Report on vaccination in the Province of Bengal - 1874-1889
Year: 1874
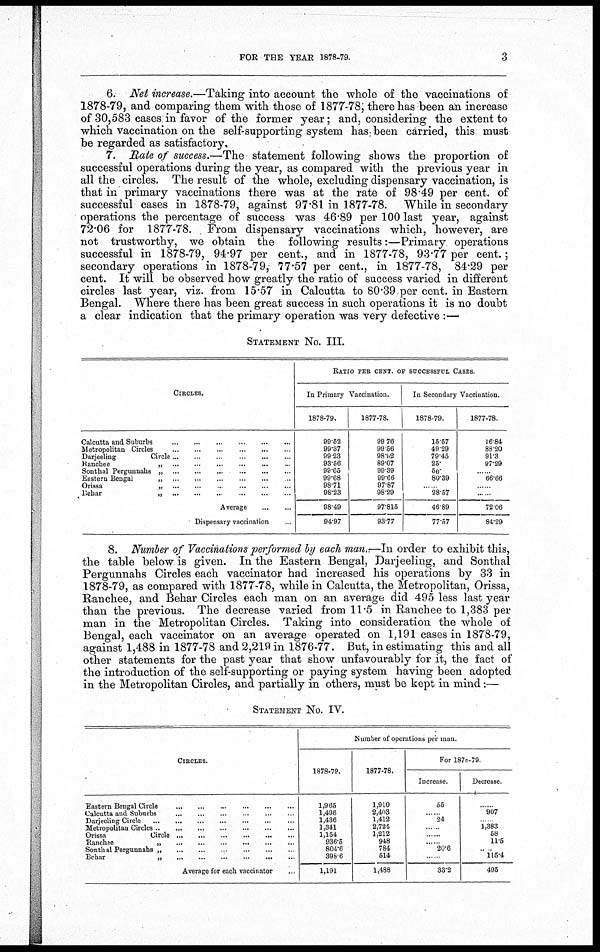
FOR THE YEAR 1878-79.
3
6. Net increase.—Taking into account the whole of the vaccinations of
1878-79, and comparing them with those of 1877-78, there has been an increase
of 30,583 cases in favor of the former year; and, considering the extent to
which vaccination on the self-supporting system has been carried, this must
be regarded as satisfactory.
7. Rate of success.—The statement following shows the proportion of
successful operations during the year, as compared with the previous year in
all the circles. The result of the whole, excluding dispensary vaccination, is
that in primary vaccinations there was at the rate of 98.49 per cent. of
successful cases in 1878-79, against 97.81 in 1877-78. While in secondary
operations the percentage of success was 46.89 per 100 last year, against
72.06 for 1877-78. From dispensary vaccinations which, however, are
not trustworthy, we obtain the following results:—Primary operations
successful in 1878-79, 94.97 per cent., and in 1877-78, 93.77 per cent.;
secondary operations in 1878-79, 77.57 per cent., in 1877-78, 84.29 per
cent. It will be observed how greatly the ratio of success varied in different
circles last year, viz. from 15.57 in Calcutta to 80.39 per cent. in Eastern
Bengal. Where there has been great success in such operations it is no doubt
a clear indication that the primary operation was very defective :—
STATEMENT NO. III.
CIRCLES.
Calcutta and Suburbs
...
...
...
...
...
Metropolitan Circles
...
...
...
...
...
Darjeeling
Circle
...
...
...
...
...
Kanchee
„
...
...
...
...
...
Sonthal Pergunnahs „
...
...
...
...
...
Eastern Bengal
„
...
...
...
...
...
Orissa
„
...
...
...
...
...
Behar
„
...
...
...
...
...
Average ... ... ... ... ...
Dispensary vaccination ...
RATIO PER CENT. OF SUCCESSFUL CASES.
In Primary Vaccination.
1878-79.
99.52
99.37
99.23
93.56
99.65
99.68
98.71
98.23
98.49
94.97
1877-78.
99.76
99.56
98.92
89.07
99.39
99.66
97.87
98.29
97,815
93.77
In Secondary Vaccination.
1878-79.
15.57
49.29
79.45
25.
50.
80.39
......
28.57
46.89
77.57
1877-78.
16.84
88.20
91.3
97.29
......
66.66
......
......
72.06
84.29
8. Number of Vaccinations performed by each man.—In order to exhibit this,
the table below is given. In the Eastern Bengal, Darjeeling, and Sonthal
Pergunnahs Circles each vaccinator had increased his operations by 33 in
1878-79, as compared with 1877-78, while in Calcutta, the Metropolitan, Orissa,
Ranchee, and Behar Circles each man on an average did 495 less last year
than the previous. The decrease varied from 11.5 in Ranchee to 1,383 per
man in the Metropolitan Circles. Taking into consideration the whole of
Bengal, each vaccinator on an average operated on 1,191 cases in 1878-79,
against 1,488 in 1877-78 and 2,219 in 1876-77. But, in estimating this and all
other statements for the past year that show unfavourably for it, the fact of
the introduction of the self-supporting or paying system having been adopted
in the Metropolitan Circles, and partially in others, must be kept in mind:—
STATEMENT NO. IV.
CIRCLES.
Eastern Bengal Circle
...
...
...
...
...
Calcutta and Suburbs
...
...
...
Darjeeling Circle
...
...
...
...
...
...
...
Metropolitan Circles
...
...
...
...
...
Orissa
Circle
...
...
...
...
...
Ranchee „ ... ... ... ... ...
Sonthal Pergunnahs „
...
...
...
...
...
Behar
„
...
...
...
...
...
Average for each vaccinator ...
Number of operations per man.
1878-79.
1,965
1,496
1,436
1,341
1,154
936.5
804.6
398.6
1,191
1877-78.
1,910
2,403
1,412
2,724
1,212
948
784
514
1,488
For 1878-79.
Increase.
55
......
24
......
......
......
20.6
...
33.2
Decrease
......
907
...
1,383
58
11.5
...
115.4
495